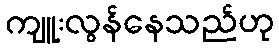
ကျူးလွန်နေသည်ဟု